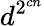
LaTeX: d^{2^{cn}}